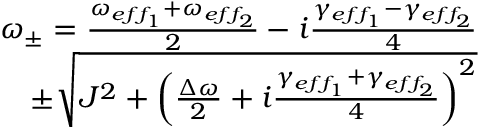
\begin{array} { r } { \omega _ { \pm } = \frac { \omega _ { e f f _ { 1 } } + \omega _ { e f f _ { 2 } } } { 2 } - i \frac { \gamma _ { e f f _ { 1 } } - \gamma _ { e f f _ { 2 } } } { 4 } } \\ { \pm \sqrt { J ^ { 2 } + \left( \frac { \Delta \omega } { 2 } + i \frac { \gamma _ { e f f _ { 1 } } + \gamma _ { e f f _ { 2 } } } { 4 } \right) ^ { 2 } } } \end{array}